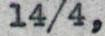
14/4,